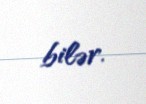
bilər.